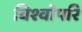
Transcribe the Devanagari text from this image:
विश्वोपरि